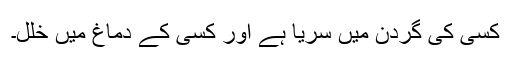
کسی کی گردن میں سریا ہے اور کسی کے دماغ میں خلل۔